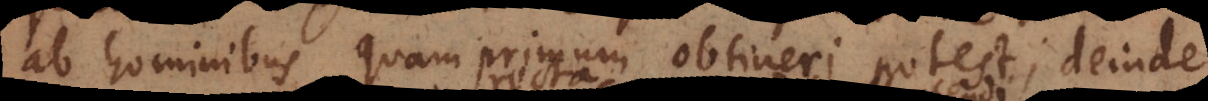
ab hominibus quam primum obtineri potest; deinde